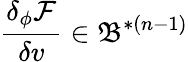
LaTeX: \frac{\delta_{\phi}\mathcal{F}}{\delta v}\in\mathfrak{B}^{\ast(n-1)}